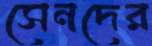
সেনদের